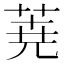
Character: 𮏔